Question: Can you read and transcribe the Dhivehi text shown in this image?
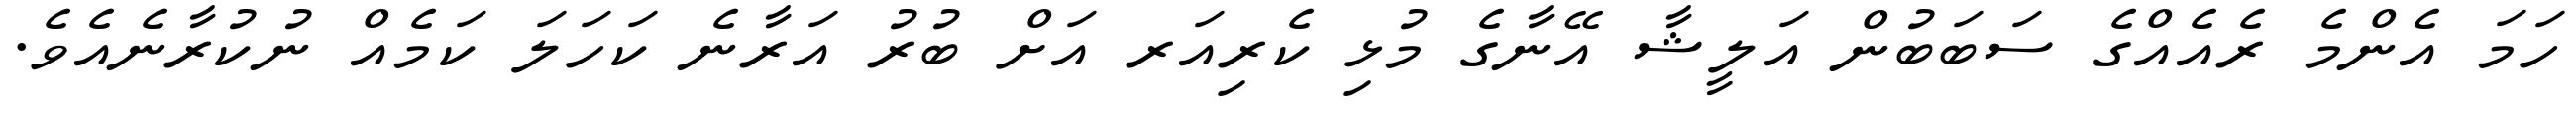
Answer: ހަމަ އެންމެ ރެއެއްގެ ސަބަބުން އަލީޝާ އޭނާގެ މުޅި ކެރިއަރ އަށް ބުރު އަރާނެ ކަހަލަ ކަމެއް ނުކުރާނެއެވެ.